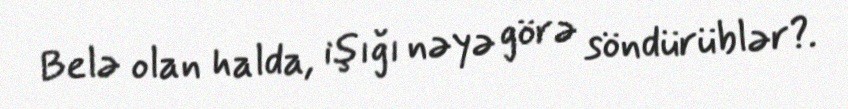
Belə olan halda, işığı nəyə görə söndürüblər?.